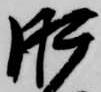
肝